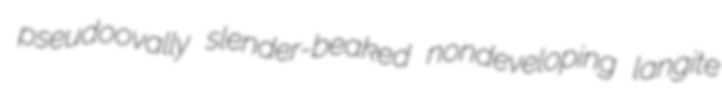
pseudoovally slender-beaked nondeveloping langite